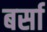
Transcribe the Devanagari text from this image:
बर्सा